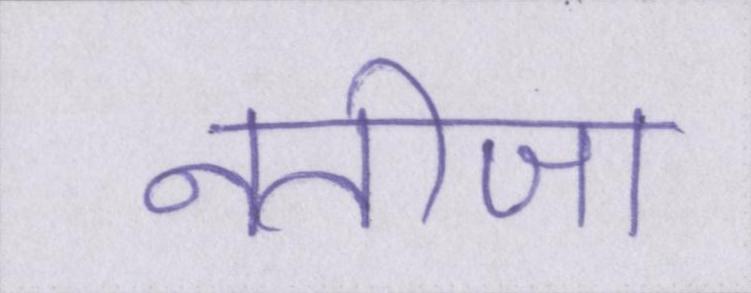
नतीजा